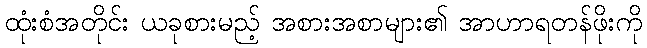
ထုံးစံအတိုင်း ယခုစားမည့် အစားအစာများ၏ အာဟာရတန်ဖိုးကို